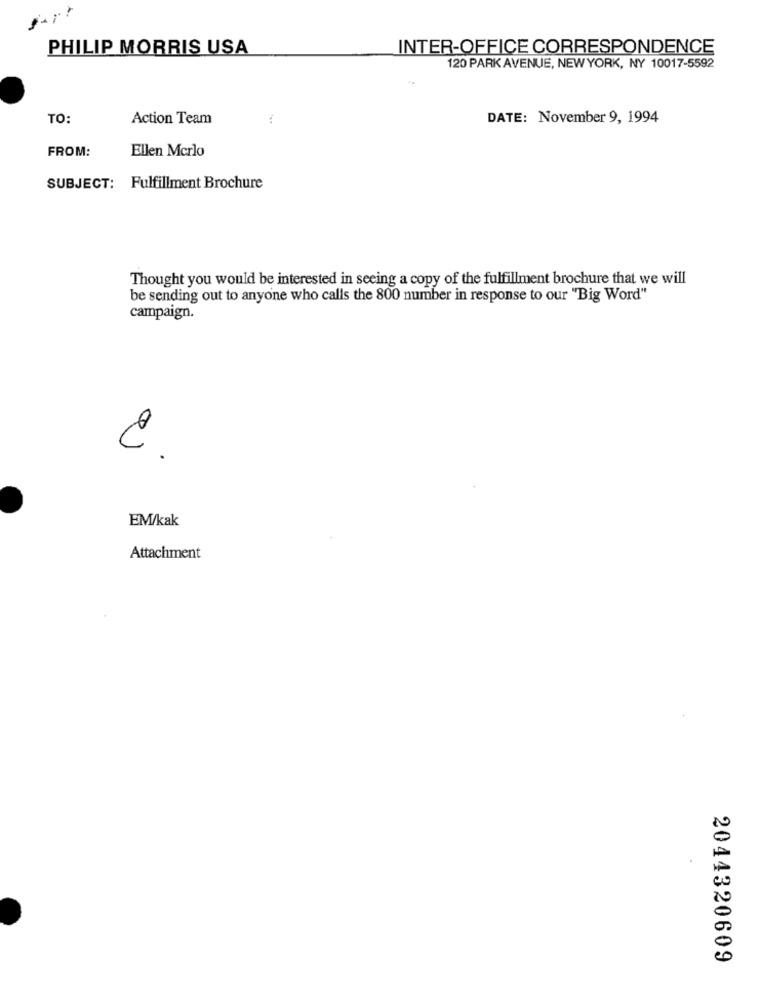
PHILIP MORRIS USA
INTER-OFFICE CORRESPONDENCE
120 PARK AVENUE, NEW YORK, NY 10017-5592
TO:
Action Team
DATE: November 9, 1994
FROM:
Ellen Mcrlo
SUBJECT: Fulfillment Brochure
Thought you would be interested in seeing a copy of the fulfillment brochure that we will
be sending out to anyone who calls the 800 number in response to our "Big Word"
campaign.
EM/kak
Attachment
2044320609